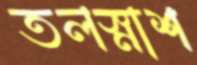
তলস্নাশ